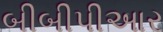
બીબીપીઆર